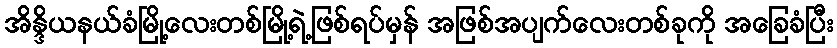
အိန္ဒိယနယ်ခံမြို့လေးတစ်မြို့ရဲ့ဖြစ်ရပ်မှန် အဖြစ်အပျက်လေးတစ်ခုကို အခြေခံပြီး